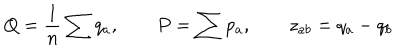
Q = { \frac { 1 } { n } } \sum q _ { a } , \qquad P = \sum p _ { a } , \qquad z _ { a b } = q _ { a } - q _ { b }